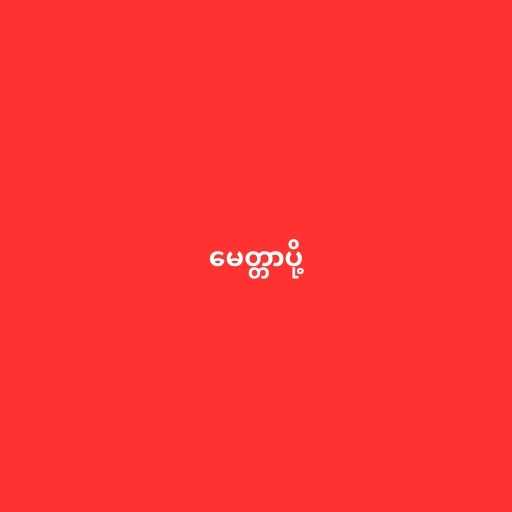
မေတ္တာပို့